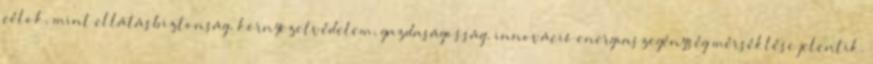
célok, mint ellátásbiztonság, környezetvédelem, gazdaságosság, innováció energiaszegénység mérséklése jelentik.